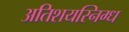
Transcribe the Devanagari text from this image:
अतिशयस्निग्ध